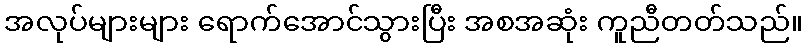
အလုပ်များများ ရောက်အောင်သွားပြီး အစအဆုံး ကူညီတတ်သည်။